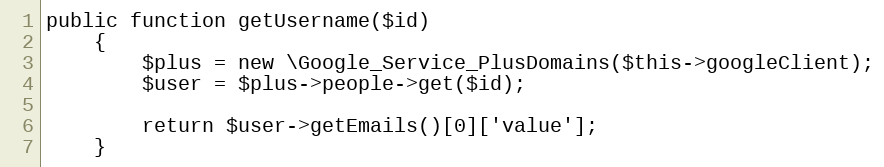
Language: PHP
public function getUsername($id)
    {
        $plus = new \Google_Service_PlusDomains($this->googleClient);
        $user = $plus->people->get($id);

        return $user->getEmails()[0]['value'];
    }